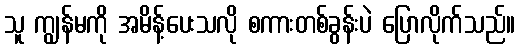
သူ ကျွန်မကို အမိန့်ပေးသလို စကားတစ်ခွန်းပဲ ပြောလိုက်သည်။